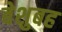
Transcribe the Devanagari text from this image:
बेशुबह